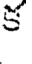
క